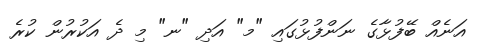
އަނެއް ބޭފުޅާގެ ނަންފުޅުގައި "މ" އަދި "ނ" މި ދެ އަކުރުން ކުރެ